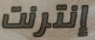
إنترنت